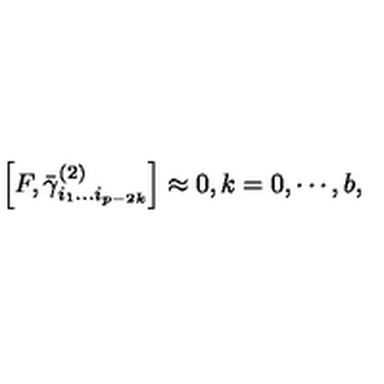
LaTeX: \left[ F , \bar { \gamma } _ { i _ { 1 } \ldots i _ { p - 2 k } } ^ { ( 2 ) } \right] \approx 0 , k = 0 , \cdots , b ,